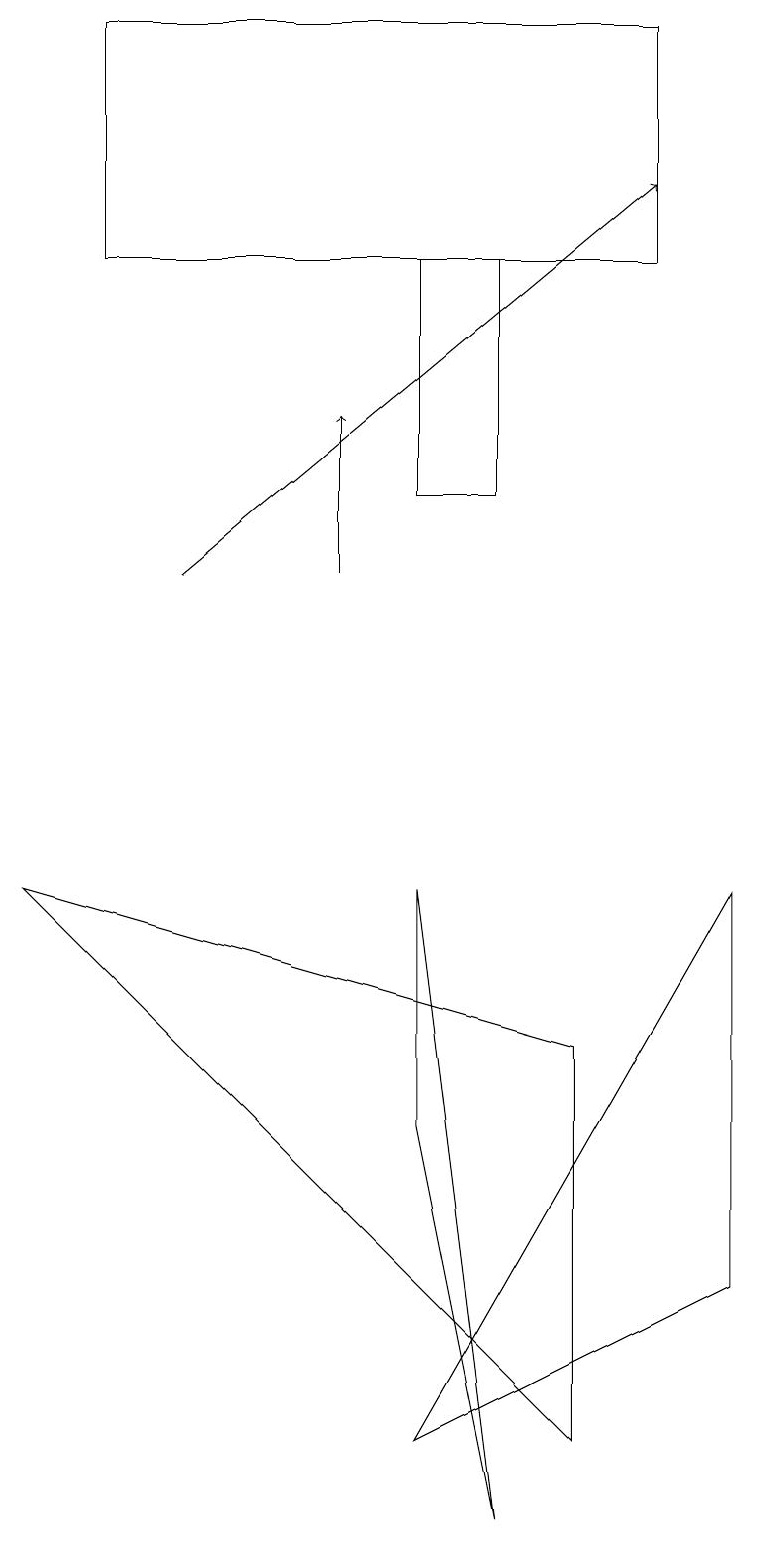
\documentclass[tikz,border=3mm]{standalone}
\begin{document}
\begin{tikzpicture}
\draw (5,13) rectangle (6,16);
\draw[->] (4,12) -- (4,14);
\draw (9,3) -- (5,1) -- (9,8) -- cycle;
\draw[->] (2,12) -- (8,17);
\draw (7,1) -- (7,6) -- (0,8) -- cycle;
\draw (5,8) -- (6,0) -- (5,5) -- cycle;
\draw (1,19) rectangle (8,16);
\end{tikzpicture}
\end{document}